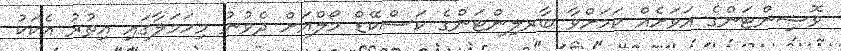
ވޮޝިންޓަންގެ އަވަށެއް ކަމަށްވާ ބާރލިންޓަންގެ ކަސްކޭޑް މޯލްއަށް ދެވުނު މިހަމަލާގައި އިތުރު އެކަކު